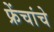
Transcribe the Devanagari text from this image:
फ्रेंचांचे